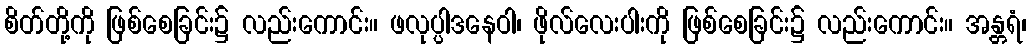
စိတ်တို့ကို ဖြစ်စေခြင်း၌ လည်းကောင်း။ ဖလုပ္ပါဒနေဝါ၊ ဖိုလ်လေးပါးကို ဖြစ်စေခြင်း၌ လည်းကောင်း။ အန္တရံ၊